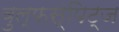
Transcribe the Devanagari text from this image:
वुल्फस्पिट्ज